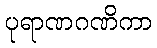
ပုရာဏဂဏိကာ